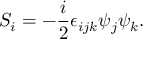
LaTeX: S _ { i } = - \frac { i } { 2 } \epsilon _ { i j k } \psi _ { j } \psi _ { k } .